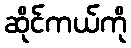
ဆိုင်ကယ်ကို